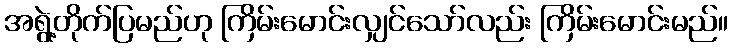
အရွဲ့တိုက်ပြမည်ဟု ကြိမ်းမောင်းလျှင်သော်လည်း ကြိမ်းမောင်းမည်။